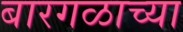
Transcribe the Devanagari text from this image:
बारगळाच्या